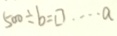
5 0 0 \div b = \square \cdots a